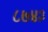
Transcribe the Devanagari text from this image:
८७४३